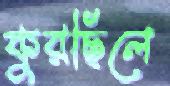
কুরছিলে